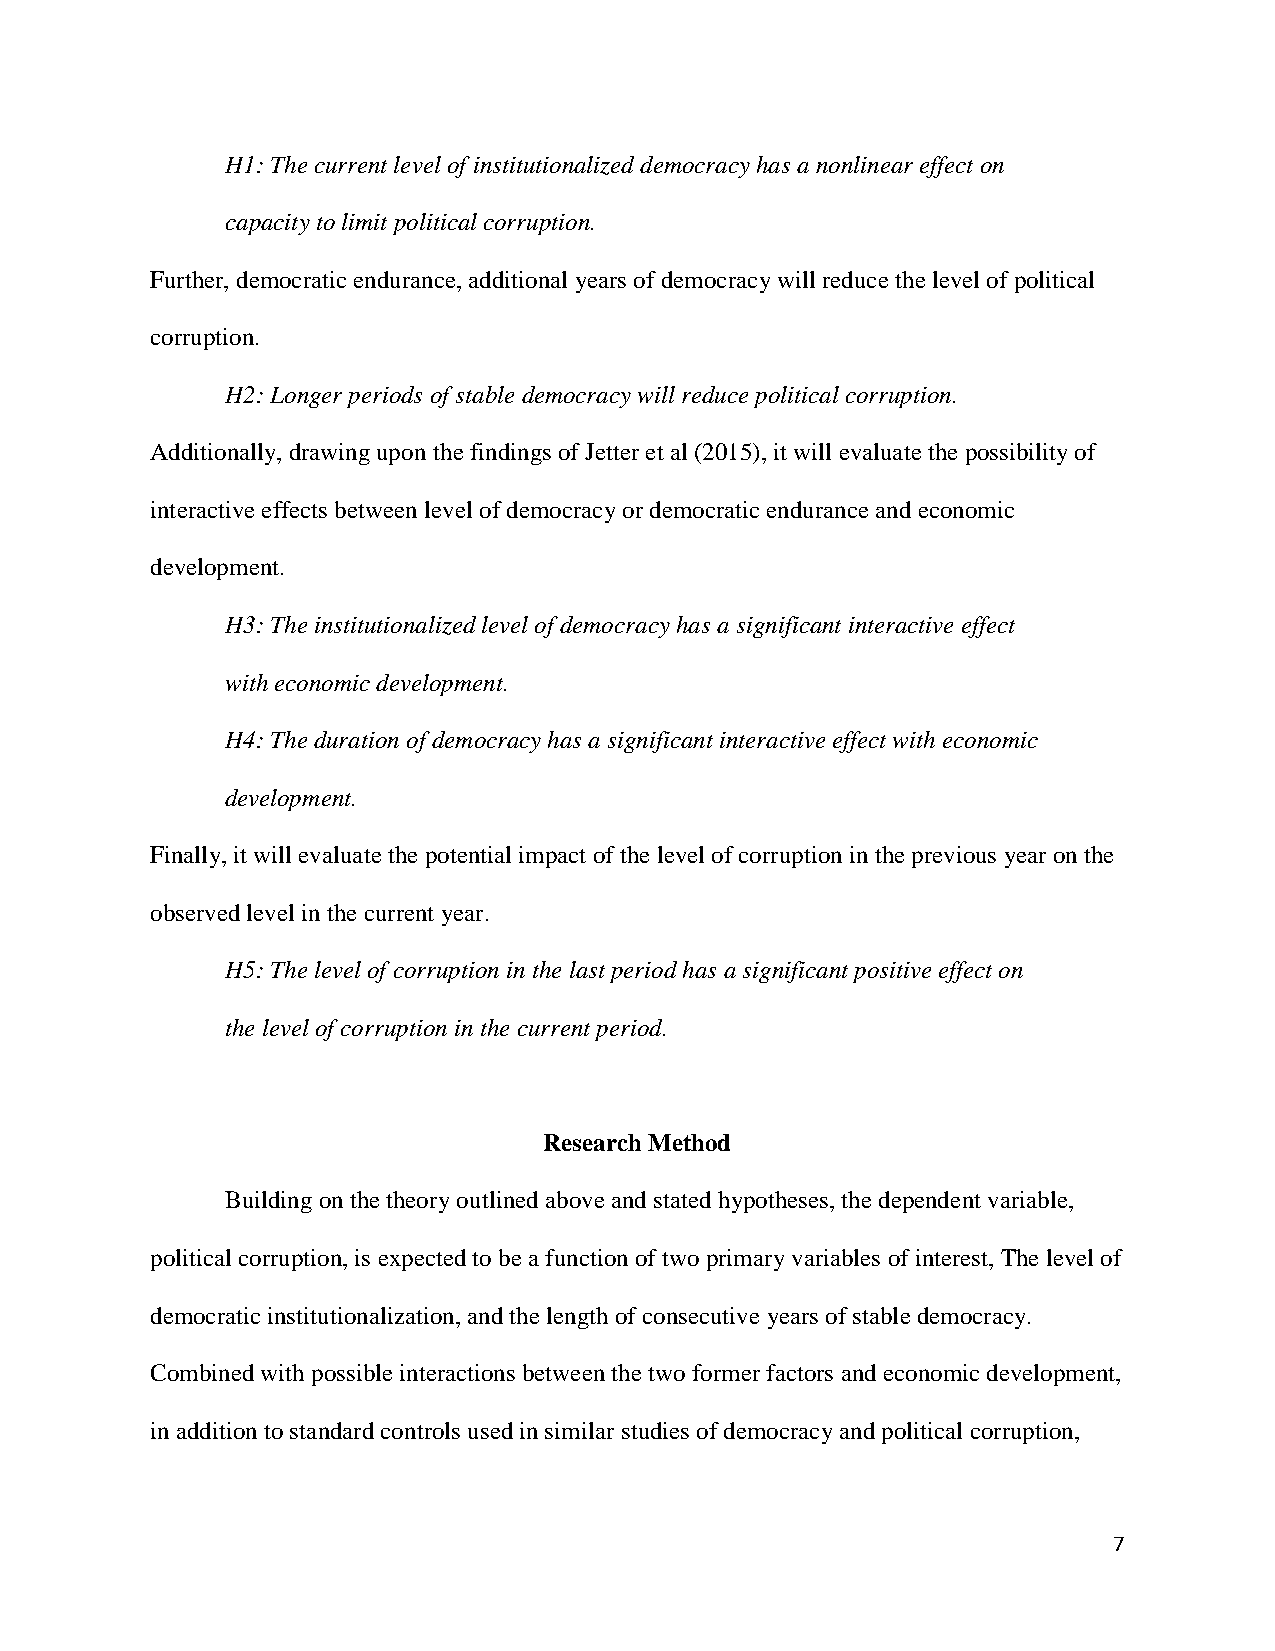
H1: The current level of institutionalized democracy has a nonlinear effect on
 capacity to limit political corruption.
 Further, democratic endurance, additional years of democracy will reduce the level of political
 corruption.
 H2: Longer periods of stable democracy will reduce political corruption.
 Additionally, drawing upon the findings of Jetter et al (2015), it will evaluate the possibility of
 interactive effects between level of democracy or democratic endurance and economic
 development.
 H3: The institutionalized level of democracy has a significant interactive effect
 with economic development.
 H4: The duration of democracy has a significant interactive effect with economic
 development.
 Finally, it will evaluate the potential impact of the level of corruption in the previous year on the
 observed level in the current year.
 H5: The level of corruption in the last period has a significant positive effect on
 the level of corruption in the current period.
 Research Method
 Building on the theory outlined above and stated hypotheses, the dependent variable,
 political corruption, is expected to be a function of two primary variables of interest, The level of
 democratic institutionalization, and the length of consecutive years of stable democracy.
 Combined with possible interactions between the two former factors and economic development,
 in addition to standard controls used in similar studies of democracy and political corruption,
 7